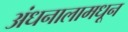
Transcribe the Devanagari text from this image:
अंधनालामधून